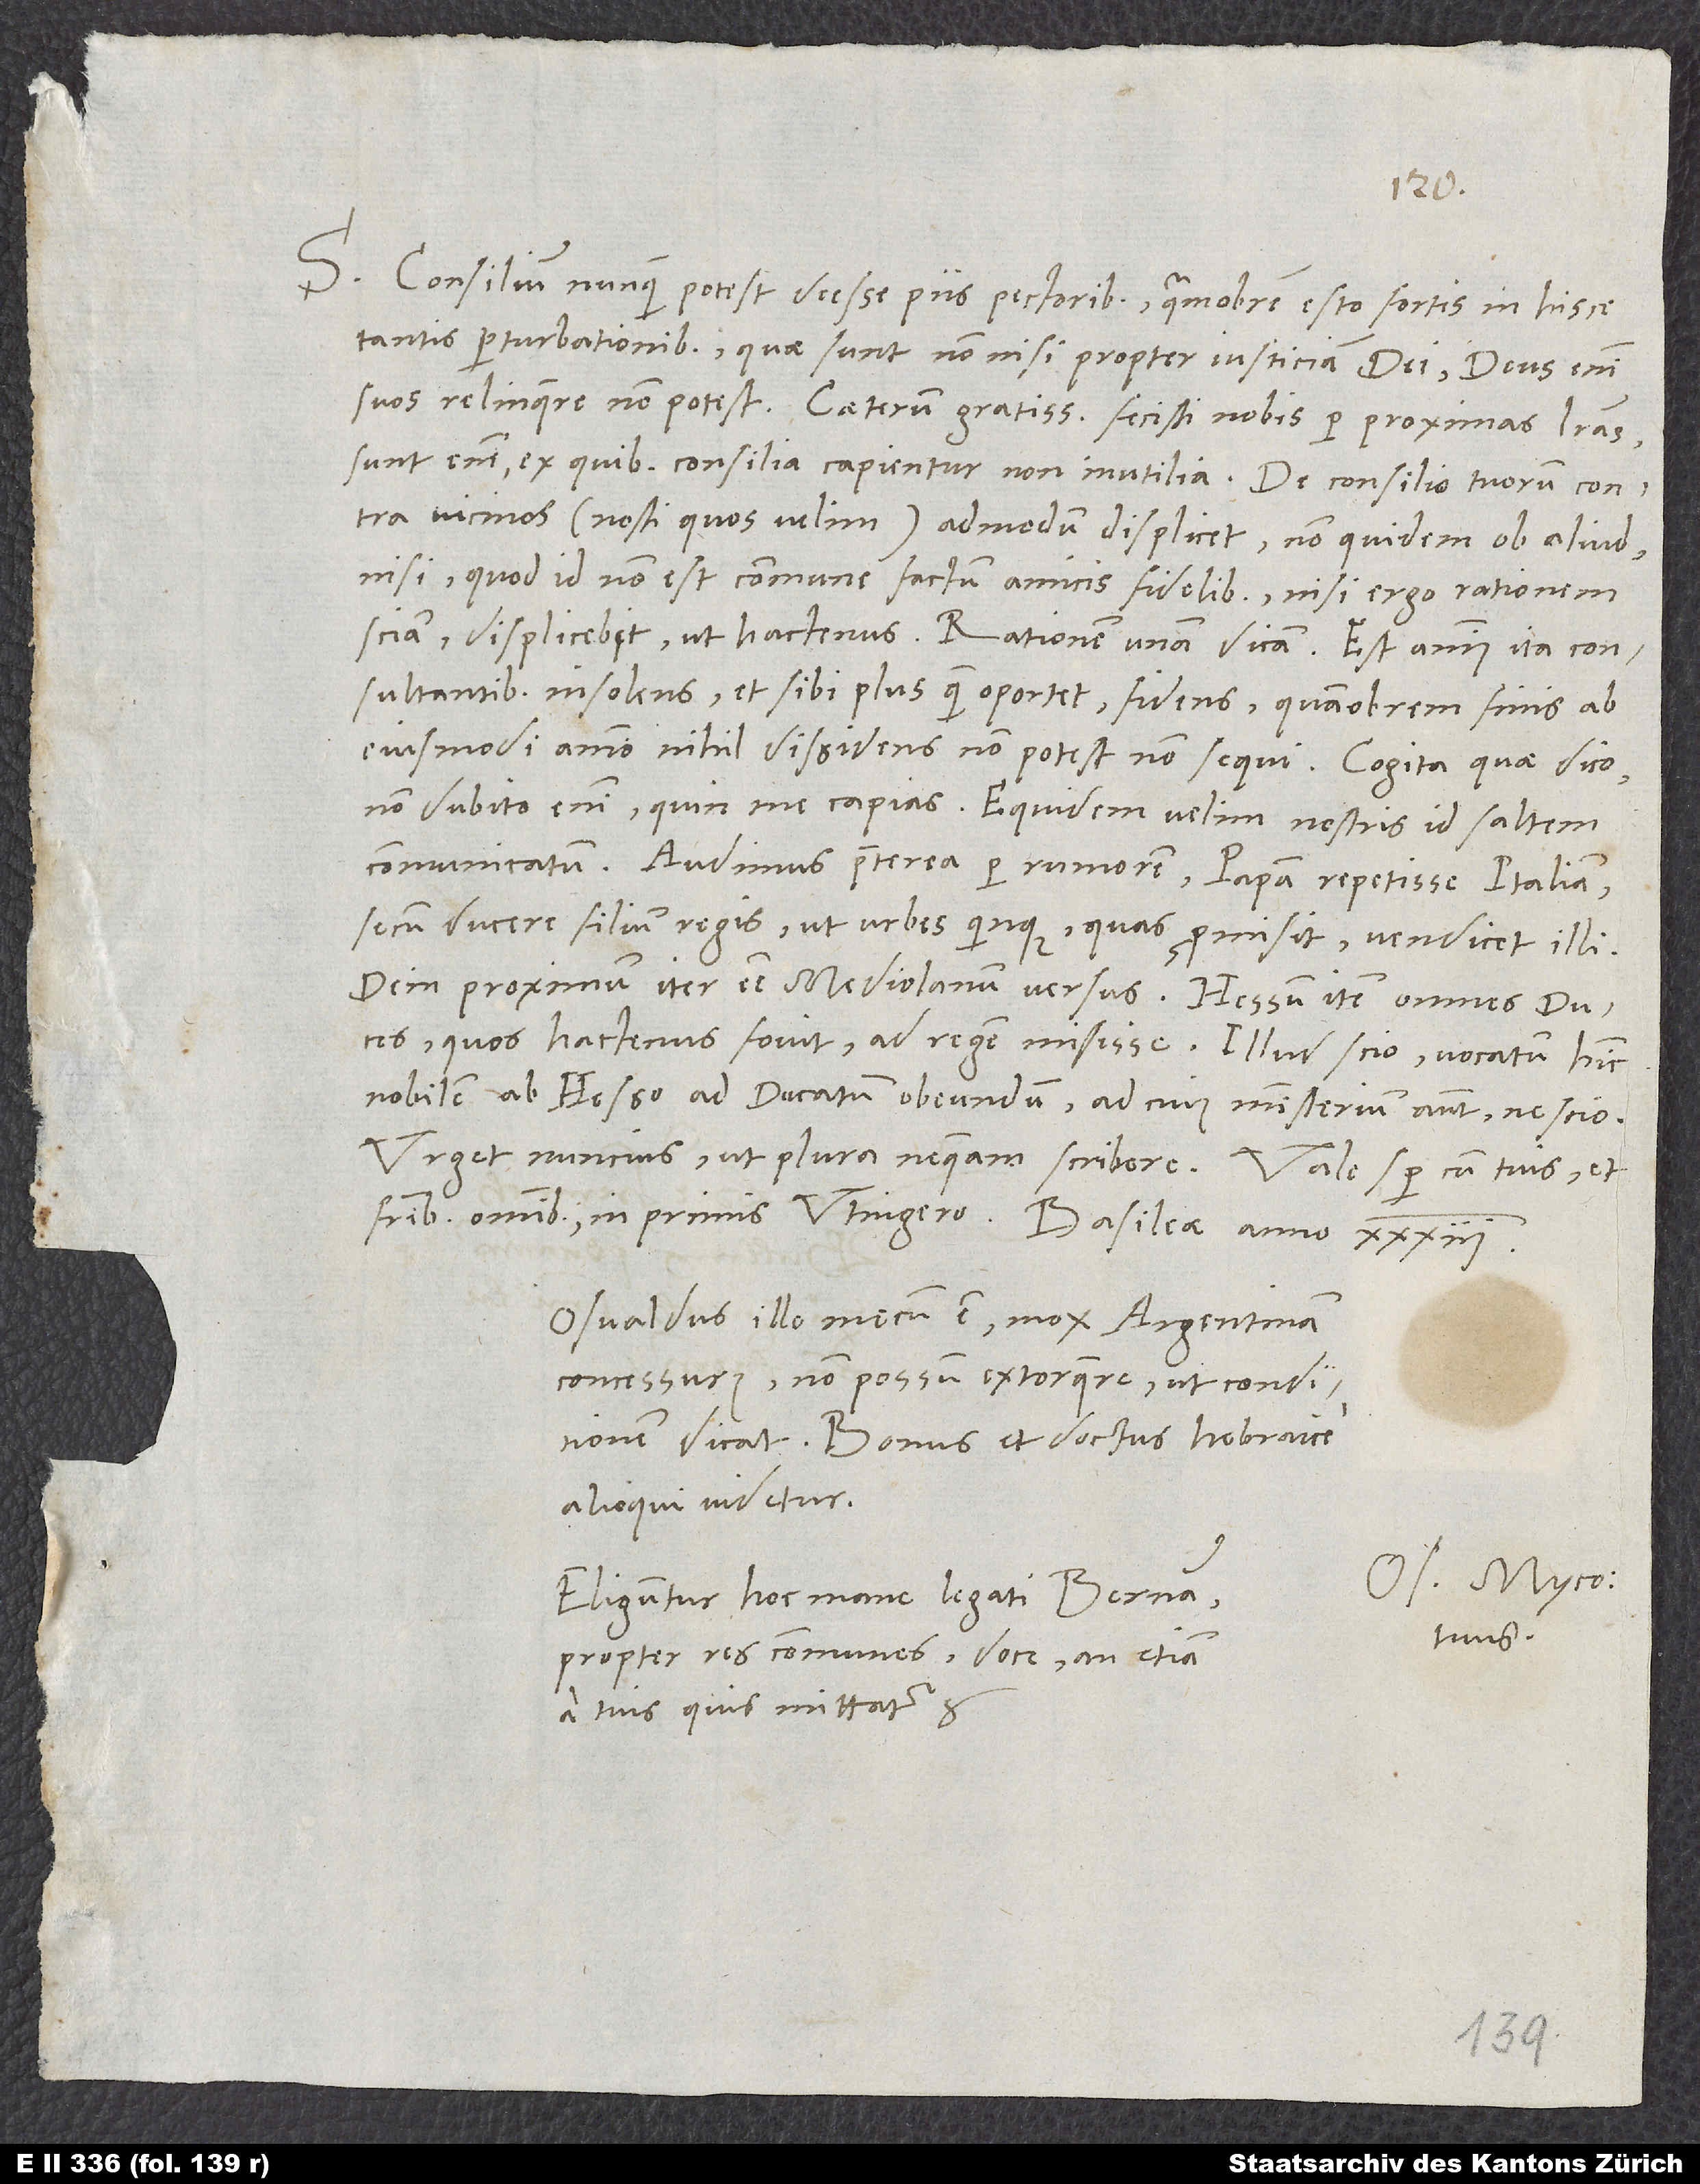
S. Consilium nunquam potest deesse piis pectoribus. Quamobrem esto fortis in hisce
tantis perturbationibus, quae sunt non nisi propter iusticiam dei. Deus enim
suos relinquere non potest. Caeterum gratissimum fecisti nobis per proximas literas.
Sunt enim, ex quibus consilia capientur non inutilia. De consilio tuorum contra
vicinos - nosti, quos velim - admodum displicet, non quidem ob aliud,
nisi quod id non est commune factum amicis fidelibus. Nisi ergo rationem
sciam, displicebit ut hactenus. Rationem unam dicam: Est animus ita consultantibus
insolens et sibi plus, quam oportet, fidens, quamobrem finis ab
eiusmodi animo nihil dissidens non potest non sequi. Cogita, quae dico.
Non dubito enim, quin me capias. Equidem velim nostris id saltem
Audimus praeterea per rumorem papam repetisse Italiam,
secum ducere filium regis, ut urbes quinque, quas promisit, vendicet illi,
dein proximum iter esse Mediolanum versus, Hessum item omnes duces,
quos hactenus fovit, ad regem misisse. Illud scio, vocatum hinc
nobilem ab Hesso ad ducatum obeundum, ad cuius ministerium autem nescio.
Osvaldus ille mecum est mox Argentinam
concessurus. Non possum extorquere, ut conditionem
dicat. Bonus et doctus hebraice
alioqui videtur.
Eliguntur hoc mane legati Bernam
tuus.
propter res communes. Doce, an etiam
a tuis quis mittatur.